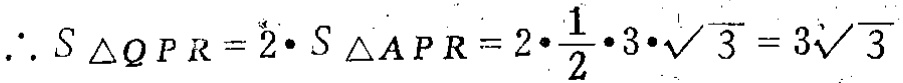
\(\therefore S_{\triangle QPR}=2\cdot S_{\triangle APR}=2\cdot\frac{1}{2}\cdot3\cdot\sqrt{3}=3\sqrt{3}\)